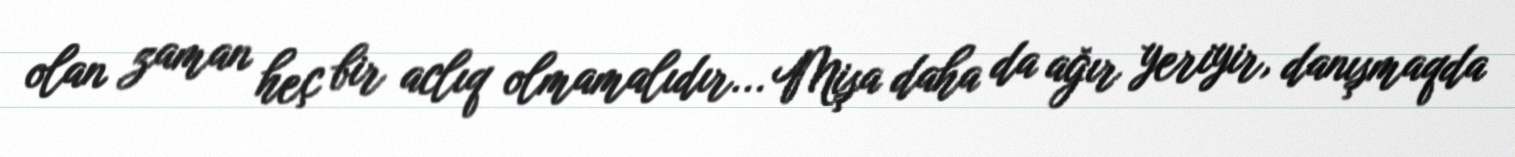
olan zaman heç bir aclıq olmamalıdır... Mişa daha da ağır yeriyir, danışmaqda